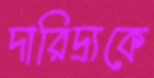
দারিদ্র্যকে